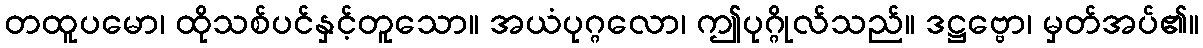
တထူပမော၊ ထိုသစ်ပင်နှင့်တူသော။ အယံပုဂ္ဂလော၊ ဤပုဂ္ဂိုလ်သည်။ ဒဋ္ဌဗ္ဗော၊ မှတ်အပ်၏။